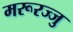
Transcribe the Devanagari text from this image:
मरूरज्जु